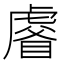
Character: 𧇗